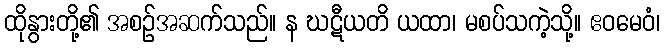
ထိုနွားတို့၏ အစဉ်အဆက်သည်။ န ဃဋီယတိ ယထာ၊ မစပ်သကဲ့သို့။ ဧဝမေဝံ၊